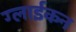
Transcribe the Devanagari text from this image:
ग्लाईकन